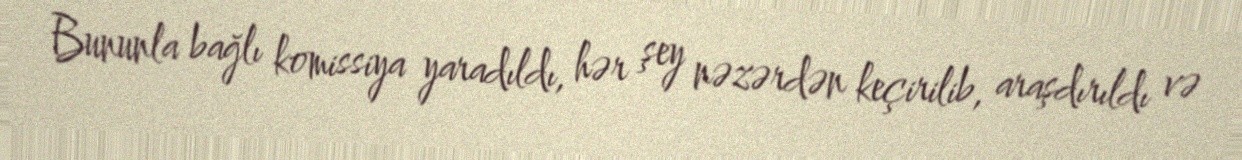
Bununla bağlı komissiya yaradıldı, hər şey nəzərdən keçirilib, araşdırıldı və